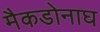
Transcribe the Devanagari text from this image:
मैकडोनाघ